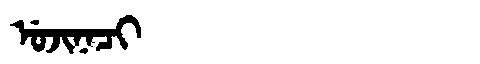
Manchu: ᡠᠵᡳᠨᠠᠴᡳ
Romanization: UJINACI